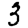
Digit: 3